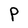
Character: P